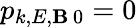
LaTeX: p_{k,E,\mathbf{B}\, 0}=0